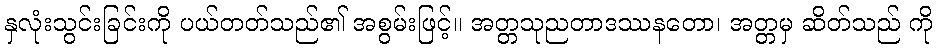
နှလုံးသွင်းခြင်းကို ပယ်တတ်သည်၏ အစွမ်းဖြင့်။ အတ္တသုညတာဒဿနတော၊ အတ္တမှ ဆိတ်သည် ကို